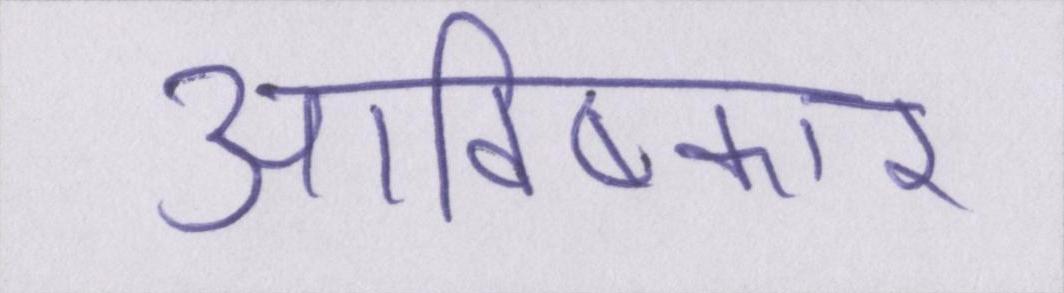
आविष्कार